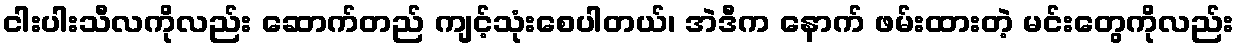
ငါးပါးသီလကိုလည်း ဆောက်တည် ကျင့်သုံးစေပါတယ်၊ အဲဒီက နောက် ဖမ်းထားတဲ့ မင်းတွေကိုလည်း